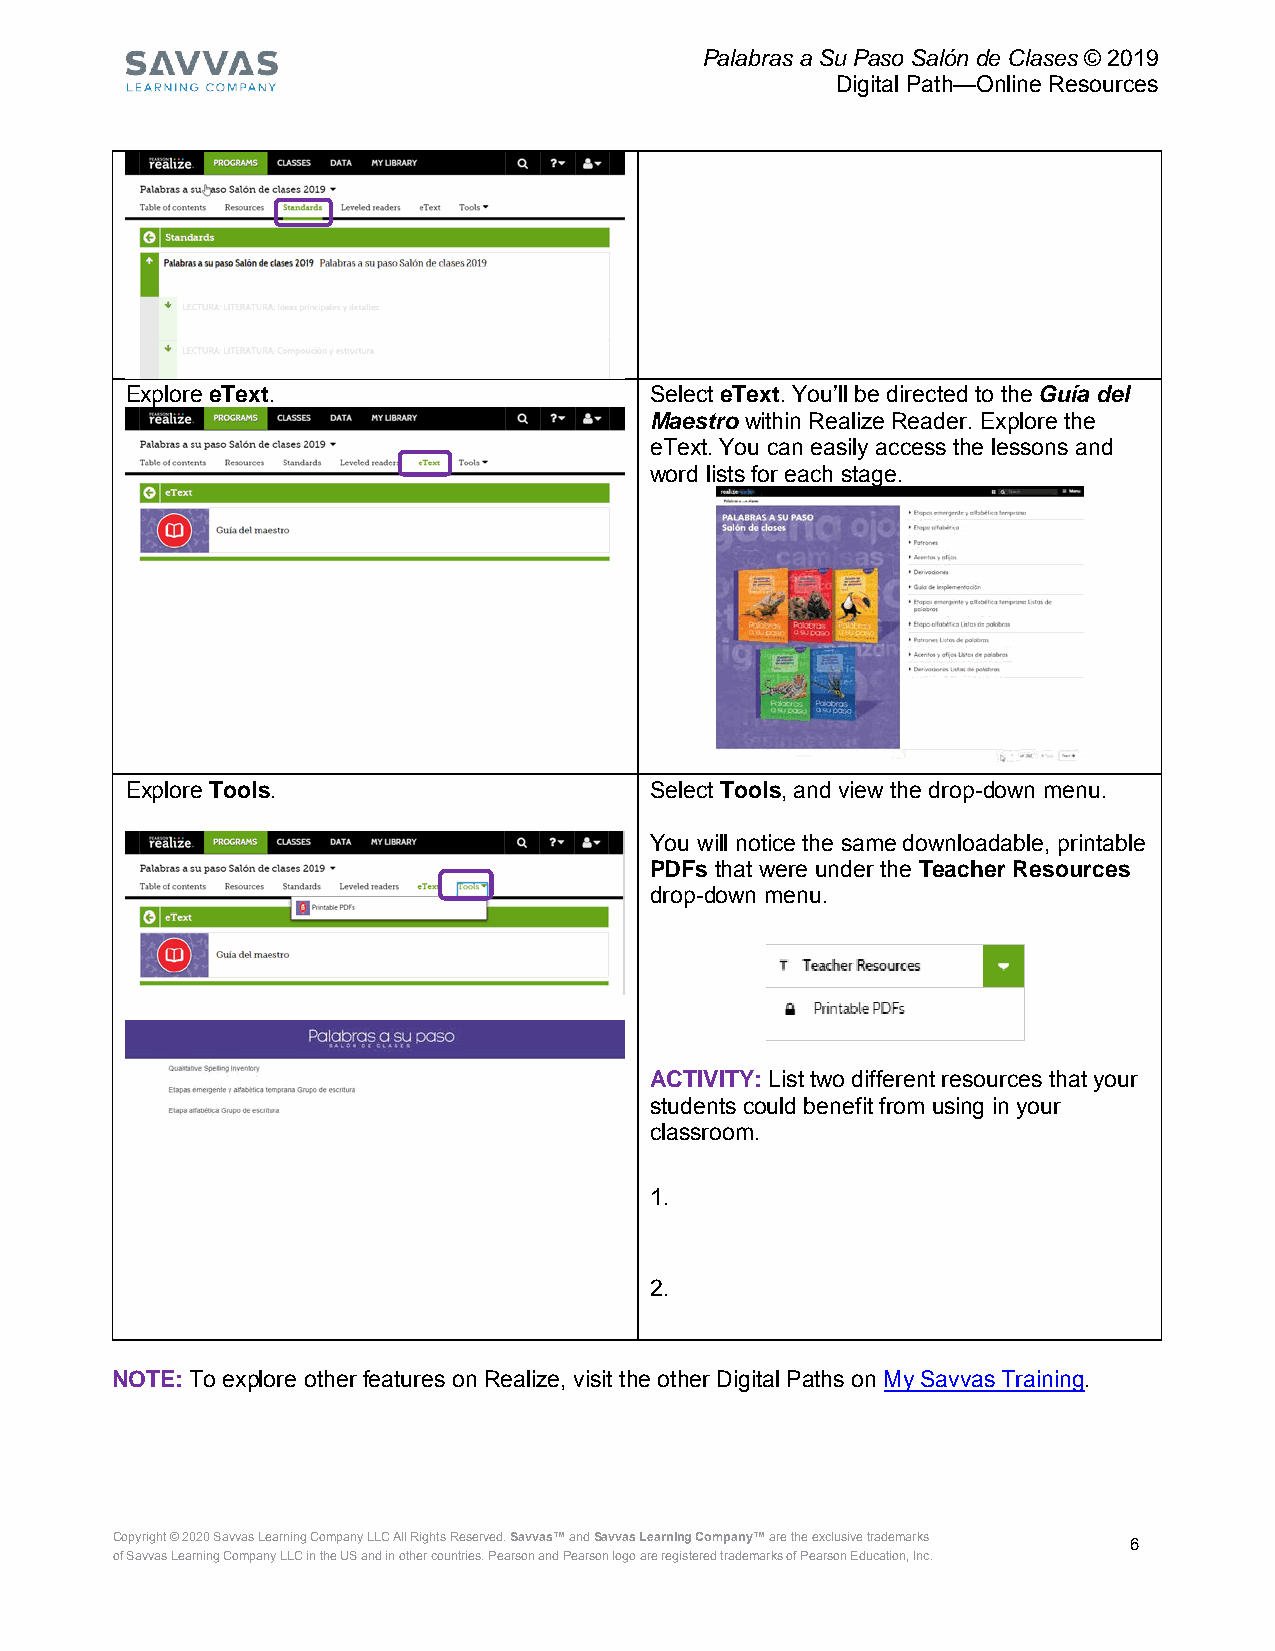
Palabras a Su Paso Salón de Clases © 2019
 Digital Path—Online Resources
 Explore eText.                     Select eText. You’ll be directed to the Guía del
 Maestro within Realize Reader. Explore the
 eText. You can easily access the lessons and
 word lists for each stage.
 Explore Tools.                     Select Tools, and view the drop-down menu.
 You will notice the same downloadable, printable
 PDFs that were under the Teacher Resources
 drop-down menu.
 ACTIVITY: List two different resources that your
 students could benefit from using in your
 classroom.
 1.
 2.
 NOTE: To explore other features on Realize, visit the other Digital Paths on My Savvas Training.
 Copyright © 2020 Savvas Learning Company LLC All Rights Reserved. Savvas™ and Savvas Learning Company™ are the exclusive trademarks 6
 of Savvas Learning Company LLC in the US and in other countries. Pearson and Pearson logo are registered trademarks of Pearson Education, Inc.